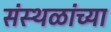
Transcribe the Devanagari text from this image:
संस्थळांच्या